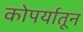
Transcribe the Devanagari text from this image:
कोपर्यातून